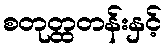
စတုတ္ထတန်းနှင့်